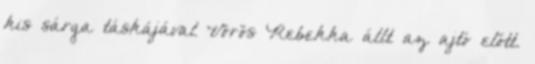
kis sárga táskájával Vörös Rebekka állt az ajtó előtt.